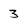
Character: 3